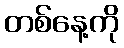
တစ်နေ့ကို